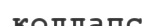
коллапс